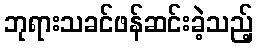
ဘုရားသခင်ဖန်ဆင်းခဲ့သည့်